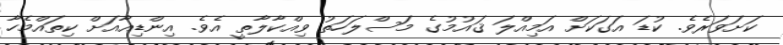
ކަށަވަރެވެ. ކުޑަ އަގަކަށް އަމިއްލަ ޤައުމުގެ މަސްލަހަތު ވިއްކާލާތީ އެވެ. އިންޑިއާއަށް ކިތައްމެހާ